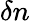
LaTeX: \delta n